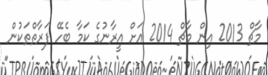
މާޗް 2013 އިން މާޗް 2014 އަށް އީރާނުގެ ކަމާ ބެހޭ ފަރާތްތަކުން